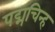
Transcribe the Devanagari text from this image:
पद्मचिन्ह